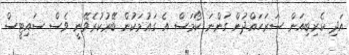
އަދި ކެރިބިއަން ސަރަހައްދުން ގަންނަ ކޯމަސް އެ ގައުމަކުން ބޭރުކުރެވޭނީ ވެސް ސައިޓީސް